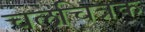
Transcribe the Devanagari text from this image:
चलचित्रक